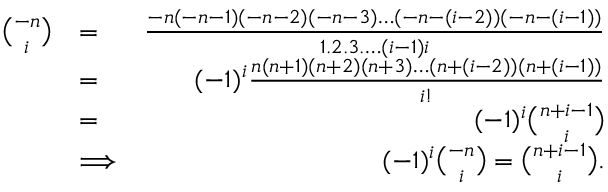
\begin{array} { r l r } { \binom { - n } { i } } & { = } & { \frac { - n ( - n - 1 ) ( - n - 2 ) ( - n - 3 ) \ldots ( - n - ( i - 2 ) ) ( - n - ( i - 1 ) ) } { 1 . 2 . 3 . \ldots ( i - 1 ) i } } \\ & { = } & { ( - 1 ) ^ { i } \frac { n ( n + 1 ) ( n + 2 ) ( n + 3 ) \ldots ( n + ( i - 2 ) ) ( n + ( i - 1 ) ) } { i ! } } \\ & { = } & { ( - 1 ) ^ { i } \binom { n + i - 1 } { i } } \\ & { \Longrightarrow } & { ( - 1 ) ^ { i } \binom { - n } { i } = \binom { n + i - 1 } { i } . } \end{array}